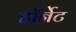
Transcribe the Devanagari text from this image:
हाॅर्नेट